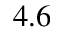
4 . 6